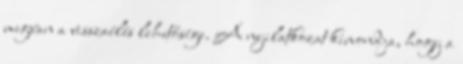
megvan a visszaélés lehetősége. A nyilatkozat kimondja, hogy a